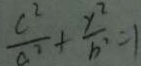
\frac { c ^ { 2 } } { a ^ { 2 } } + \frac { y ^ { 2 } } { b ^ { 2 } } = 1